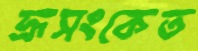
ভ্রূসংকেত